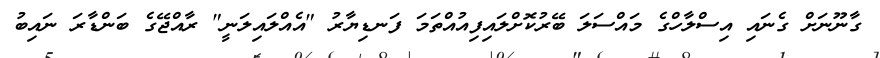
ގާނޫނަށް ގެނައި އިސްލާހްގެ މައްސަލަ ބޭރުކޮށްލައިފިއުއްތަމަ ފަނޑިޔާރު "އެއްލައިލަނީ" ރާއްޖޭގެ ބަންޑާރަ ނައިބު